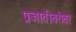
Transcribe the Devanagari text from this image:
प्रजातीबरोबर